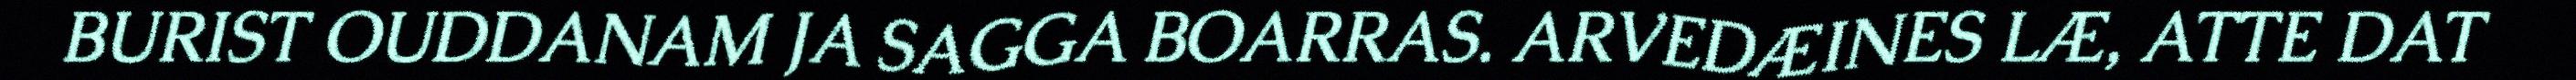
BURIST OUDDANAM JA SAGGA BOARRAS. ARVEDÆINES LÆ, ATTE DAT